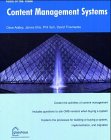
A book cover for Content Management Systems (Tools of the Trade); Dave Addey; Computers & Technology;